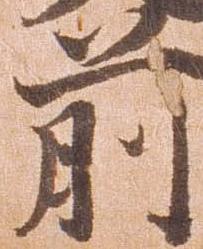
前